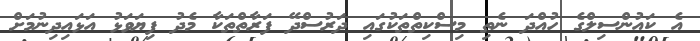
އެ ކައުންސިލްގެ ހުއްދަ ނެތި މިސްކިތްތަކުގައި ދަރުސްދޭ ފަރާތްތަކާ މެދު ފިޔަވަޅު އަޅައިދިނުމަށް